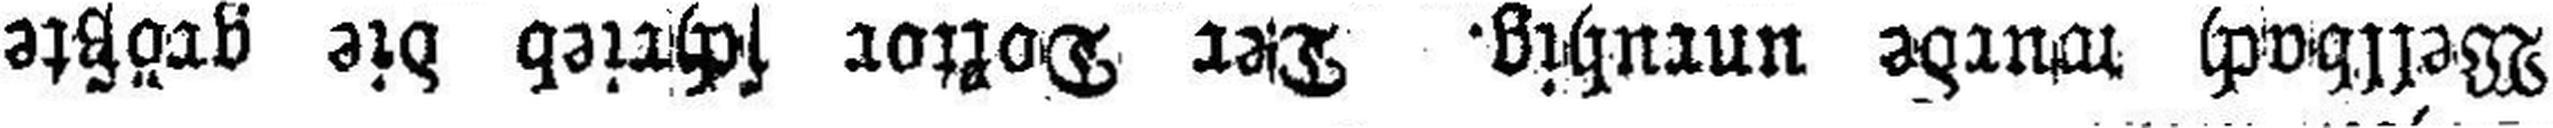
Wellbach wurde unruhig. Der Doktor schrieb die größte